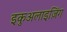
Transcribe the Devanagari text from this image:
इकुअलाइज़िंग